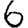
Digit: 6